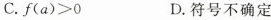
C.$$f ( a ) ＞ 0$$ D.符号不确定